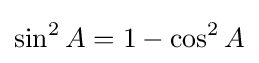
\sin ^{2}A=1-\cos ^{2}A